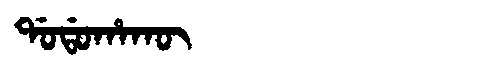
Manchu: ᡩᠣᡩᠣᡥᠠᡴᡡ
Romanization: DODOHAKŪ